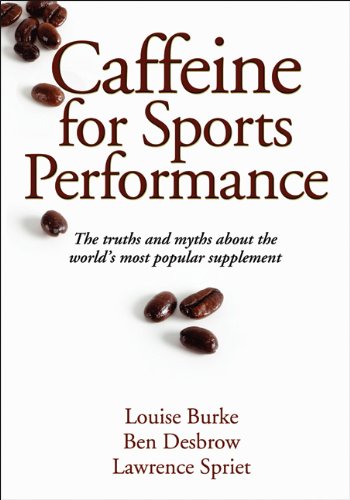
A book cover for Caffeine for Sports Performance; Louise Burke; Health, Fitness & Dieting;